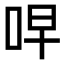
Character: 𫩭